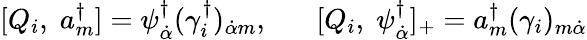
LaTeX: [Q_{i},\; a_{m}^{\dagger}]=\psi_{\dot{\alpha}}^{\dagger}(\gamma_{i}^{\dagger})_{\dot{\alpha}m},\; \; \; \; \; \; [Q_{i},\; \psi_{\dot{\alpha}}^{\dagger}]_{+}=a_{m}^{\dagger}(\gamma_{i})_{m\dot{\alpha}}